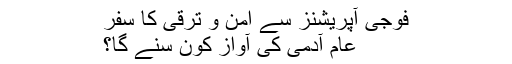
فوجی آپریشنز سے امن و ترقی کا سفر
عام آدمی کی آواز کون سنے گا؟